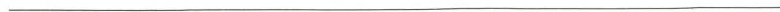
___